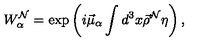
W _ { \alpha } ^ { \cal N } = \exp \left( i \vec { \mu } _ { \alpha } \int d ^ { 3 } x \vec { \rho } ^ { \cal N } \eta \right) ,